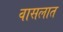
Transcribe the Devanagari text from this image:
वासलात